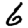
Digit: 6